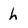
Character: h